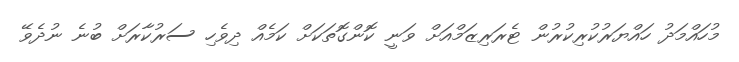
މުހައްމަދު ހައްޔަރުކުރިކުރުން ޓެރަރިޒަމްއަށް ވަނީ ކޮންގޮތަކަށް ކަމެއް ދިވެހި ސަރުކާރަށް ބުނެ ނުދެވޭ